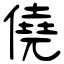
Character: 僥